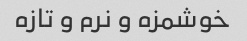
خوشمزه و نرم و تازه